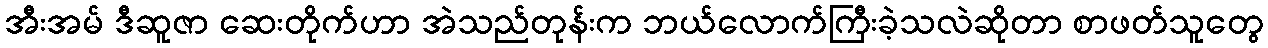
အီးအမ် ဒီဆူဇာ ဆေးတိုက်ဟာ အဲသည်တုန်းက ဘယ်လောက်ကြီးခဲ့သလဲဆိုတာ စာဖတ်သူတွေ